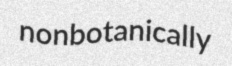
nonbotanically